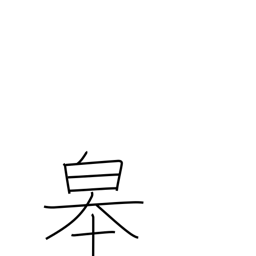
Meaning: the high land along a river